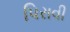
પિરાવી